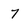
Character: 7